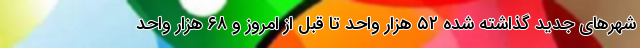
شهرهای جدید گذاشته شده ۵۲ هزار واحد تا قبل از امروز و ۶۸ هزار واحد